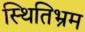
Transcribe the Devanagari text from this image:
स्थितिभ्रम